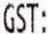
GST: